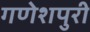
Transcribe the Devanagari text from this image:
गणेशपुरी